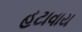
હટાવાય